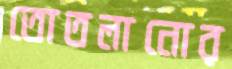
তোতলানোর